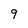
Character: 9